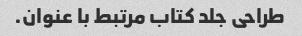
طراحی جلد کتاب مرتبط با عنوان.